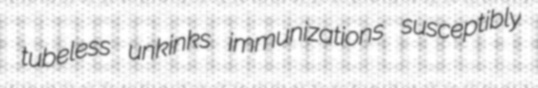
tubeless unkinks immunizations susceptibly